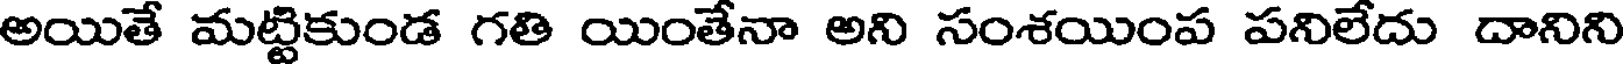
అయితే మట్టికుండ గతి యింతేనా అని సంశయింప పనిలేదు దానిని